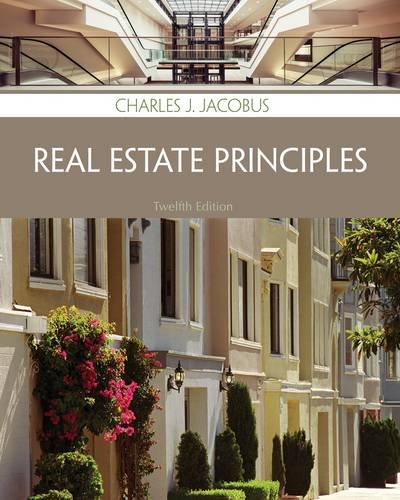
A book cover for REAL ESTATE PRINCIPLES; Jacobus; Business & Money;